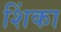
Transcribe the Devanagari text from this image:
शिंका